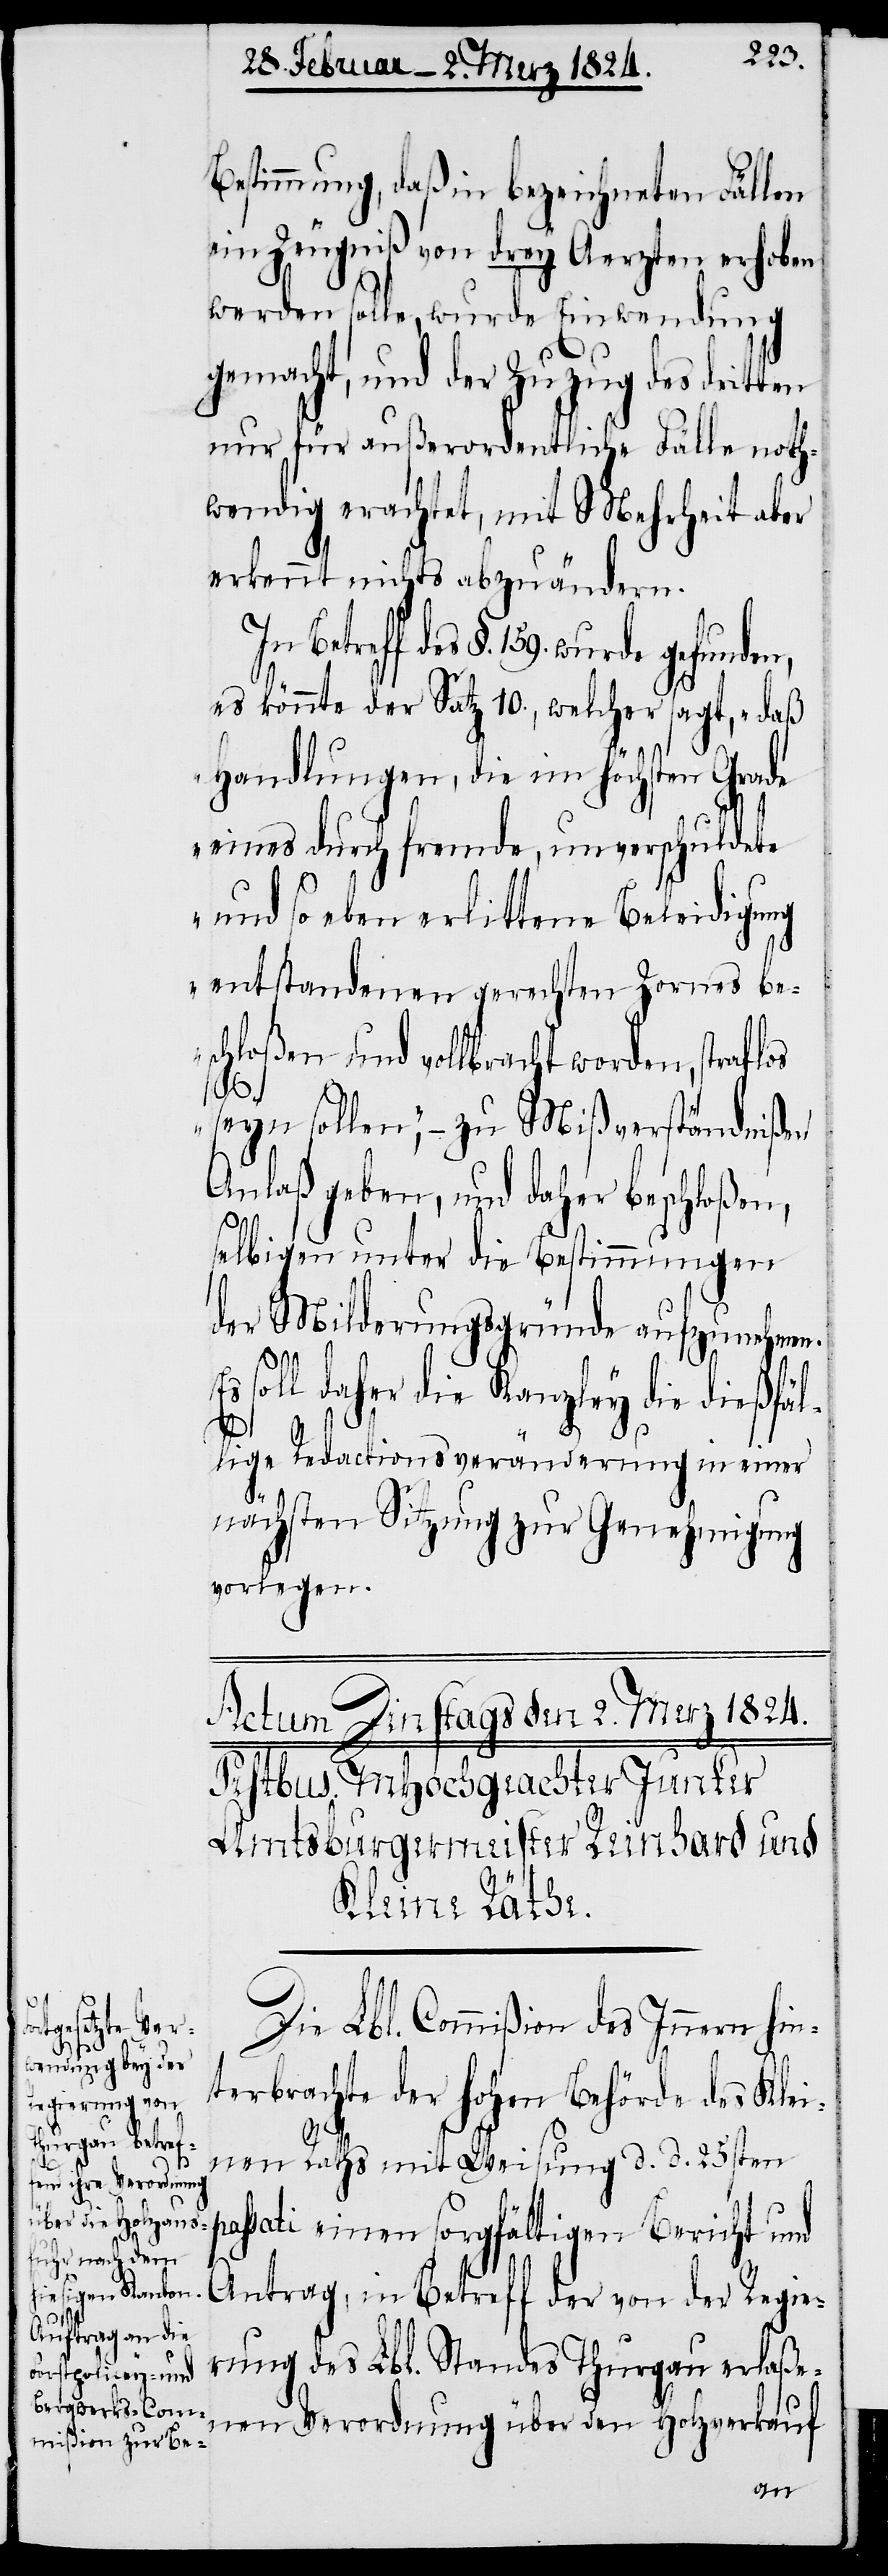
Bestimmung, daß bezeichneten Fällen
ein Zeugniß von drey Aerzten erhoben
werden solle, wurde Einwendung
gemacht, und der Zuzug des dritten
nur für außerordentliche Fälle noth¬
wendig erachtet, mit Mehrheit aber
erkennt nichts abzuändern.
des §. 159. wurde gefunden,
es könnte der Satz 10., welcher sagt, „daß
Handlungen, die im höchsten Grade
eines durch fremde, unverschuldete
und so eben erlittene Beleidigung
entstandenen gerechten Zornes be¬
schloßen und vollbracht worden, stra¬
seyn sollen“, – zu Mißverständnißen
Anlaß geben, und daher beschloßen,
selbigen unter die Bestimmungen
der Milderungsgründe aufzunehmen.
Es soll daher die Kanzley die dießfäl¬
pas¬
lige Redactionsveränderung in einer
nächsten Sitzung zur Genehmigung
vorlegen.
Die Lbl. Commißion des Innern hin¬
terbrachte der hohen Behörde des Klei¬
nen Raths mit Weisung d. d. 25sten
sati einen sorgfältigen Bericht und
Antrag, in Betreff der von der Regie¬
rung des Lbl. Standes Thurgau erlaße¬
nen Verordnung über den Holzverkauf
In